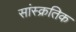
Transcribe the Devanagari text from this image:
सांस्क्रतिक